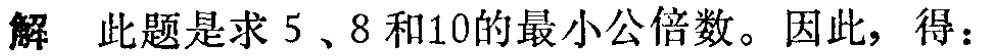
解 此题是求 \(5\)、\(8\) 和 \(10\) 的最小公倍数。因此，得：